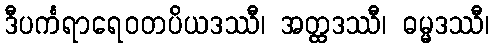
ဒီပင်္ကရာရေဝတပိယဒဿီ၊ အတ္ထဒဿီ၊ ဓမ္မဒဿီ၊